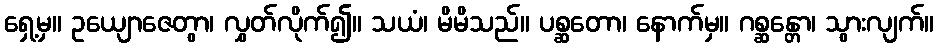
ရှေ့မှ။ ဥယျောဇေတွာ၊ လွှတ်လိုက်၍။ သယံ၊ မိမိသည်။ ပစ္ဆတော၊ နောက်မှ။ ဂစ္ဆန္တော၊ သွားလျက်။